Report of the Indian Hemp Drugs Commission, 1894-1895 - Volume VII
Year: 1894
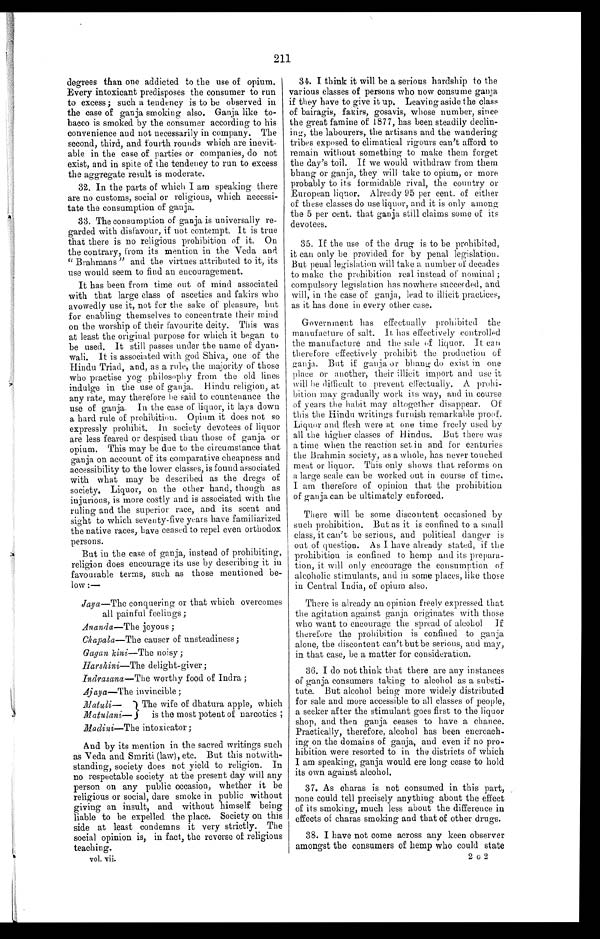
211
degrees than one addicted to the use of opium.
Every intoxicant predisposes the consumer to run
to excess; such a tendency is to be observed in
the case of ganja smoking also. Ganja like to-
bacco is smoked by the consumer according to his
convenience and not necessarily in company. The
second, third, and fourth rounds which are inevit-
able in the case of parties or companies, do not
exist, and in spite of the tendency to run to excess
the aggregate result is moderate.
32. In the parts of which I am speaking there
are no customs, social or religious, which necessi-
tate the consumption of ganja.
33. The consumption of ganja is universally re-
garded with disfavour, if not contempt. It is true
that there is no religious prohibition of it. On
the contrary, from its mention in the Veda and
" Brahmans" and the virtues attributed to it, its
use would seem to find an encouragement.
It has been from time out of mind associated
with that large class of ascetics and fakirs who
avowedly use it, not for the sake of pleasure, but
for enabling themselves to concentrate their mind
on the worship of their favourite deity. This was
at least the original purpose for which it began to
be used. It still passes under the name of dyan-
wali. It is associated with god Shiva, one of the
Hindu Triad, and, as a rule, the majority of those
who practise yog philosophy from the old lines
indulge in the use of ganja. Hindu religion, at
any rate, may therefore be said to countenance the
use of ganja. In the case of liquor, it lays down
a hard rule of prohibition. Opium it does not so
expressly prohibit. In society devotees of liquor
are less feared or despised than those of ganja or
opium. This may be due to the circumstance that
ganja on account of its comparative cheapness and
accessibility to the lower classes, is found associated
with what may be described as the dregs of
society. Liquor, on the other hand, though as
injurious, is more costly and is associated with the
ruling and the superior race, and its scent and
sight to which seventy-five years have familiarized
the native races, have ceased to repel even orthodox
persons.
But in the case of ganja, instead of prohibiting,
religion does encourage its use by describing it in
favourable terms, such as those mentioned be-
low :—
Jaya—The conquering or that which overcomes
all painful feelings;
Ananda—The joyous ;
Chapala—The causer of unsteadiness;
Gagan kini—The noisy;
Harshini—The delight-giver ;
Indrasana— The worthy food of Indra ;
Ajaya—The invincible ;
Matuli— The wife of dhatura apple,which
Matulani—
is the most potent of narcotics ;
Madini—The intoxicator ;
And by its mention in the sacred writings such
as Veda and Smriti (law), etc. But this notwith-
standing, society does not yield to religion. In
no respectable society at the present day will any
person on any public occasion, whether it be
religious or social, dare smoke in public without
giving an insult, and without himself being
liable to be expelled the place. Society on this
side at least condemns it very strictly. The
social opinion is, in fact, the reverse of religious
teaching.
vol. vii.
34. I think it will be a serious hardship to the
various classes of persons who now consume ganja
if they have to give it up. Leaving aside the class
of bairagis, fakirs, gosavis, whose number, since
the great famine of 1877, has been steadily
d e c l i n ¬ i n g , t h e l a b o u r e r s , t h e a r t i s a n s a n d t h e w a n d e r i n g
tribes exposed to climatical rigours can't afford to
remain without something to make them forget
the day's toil. If we would withdraw from them
bhang or ganja, they will take to opium, or more
probably to its formidable rival, the country or
European liquor. Already 95 per cent. of either
of these classes do use liquor, and it is only among
the 5 per cent, that ganja still claims some of its
devotees.
35. If the use of the drug is to be prohibited,
it can only be provided for by penal legislation.
But penal legislation will take a number of decades
to make the prohibition real instead of nominal ;
compulsory legislation has nowhere succeeded, and
will, in the case of ganja, lead to illicit practices,
as it has done in every other case.
Government has effectually prohibited the
manufacture of salt. It has effectively controlled
the manufacture and the sale of liquor. It can
therefore effectively prohibit the production of
ganja. But if ganja or bhang do exist in one
place or another, their illicit import and use it
will be difficult to prevent effectually. A prohi-
bition may gradually work its way, and in course
of years the habit may altogether disappear. Of
this the Hindu writings furnish remarkable proof.
Liquor and flesh were at one time freely used by
all the higher classes of Hindus. But there was
a time when the reaction set in and for centuries
the Brahmin society, as a whole, has never touched
meat or liquor. This only shows that reforms on
a large scale can be worked out in course of time.
I am therefore of opinion that the prohibition
of ganja can be ultimately enforced.
There will be some discontent occasioned by
such prohibition. But as it is confined to a small
class, it can't be serious, and political danger is
out of question. As I have already stated, if the
prohibition is confined to hemp and its prepara-
tion, it will only encourage the consumption of
alcoholic stimulants, and in some places, like those
in Central India, of opium also.
There is already an opinion freely expressed that
the agitation against ganja originates with those
who want to encourage the spread of alcohol If
therefore the prohibition is confined to ganja
alone, the discontent can't but be serious, and may,
in that case, be a matter for consideration.
36. I do not think that there are any instances
of ganja consumers taking to alcohol as a substi-
tute. But alcohol being more widely distributed
for sale and more accessible to all classes of people,
a seeker after the stimulant goes first to the liquor
shop, and then ganja ceases to have a chance.
Practically, therefore, alcohol has been encroach-
ing on the domains of ganja, and even if no pro-
hibition were resorted to in the districts of which
I am speaking, ganja would ere long cease to hold
its own against alcohol.
37. As charas is not consumed in this part,
none could tell precisely anything about the effect
of its smoking, much less about the difference in
effects of charas smoking and that of other drugs.
38. I have not come across any keen observer
amongst the consumers of hemp who could state
2 G 2